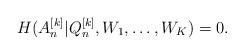
LaTeX: \begin{align*} H(A_n^{[k]}|Q_n^{[k]}, W_1, \dots, W_K)=0. \end{align*}